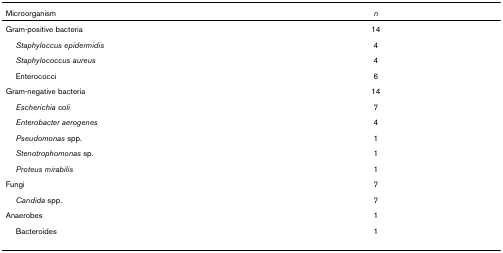
| Microorganism | n |
 | --- | --- |
 | Gram-positive bacteria | 14 |
 | Staphyloccus epidermidis | 4 |
 | Staphylococcus aureus | 4 |
 | Enterococci | 6 |
 | Gram-negative bacteria | 14 |
 | Escherichia coli | 7 |
 | Enterobacter aerogenes | 4 |
 | Pseudomonas spp. | 1 |
 | Stenotrophomonas sp. | 1 |
 | Proteus mirabilis | 1 |
 | Fungi | 7 |
 | Candida spp. | 7 |
 | Anaerobes | 1 |
 | Bacteroides | 1 |